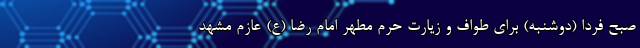
صبح فردا (دوشنبه) برای طواف و زیارت حرم مطهر امام رضا (ع) عازم مشهد